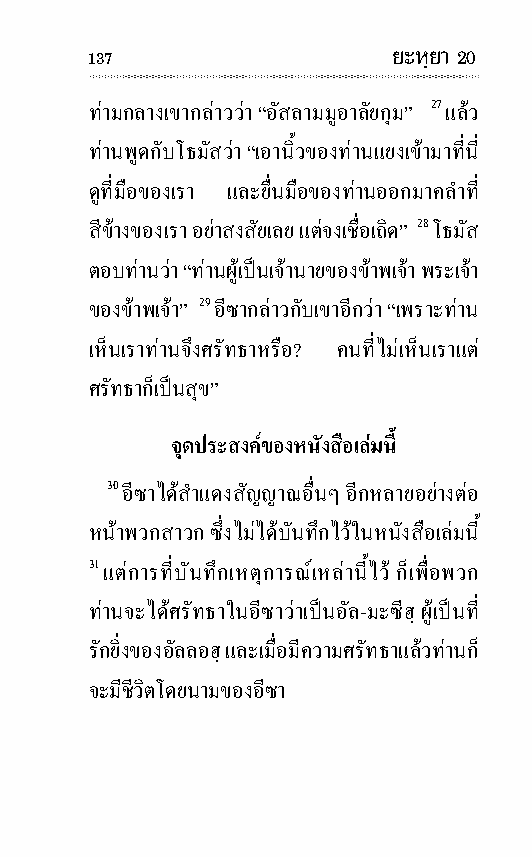
137                 ยะหฺยา 20
 ทาม กลางเขากลาววา “อัสลามมูอาลัยกุม” 27 แลว
 ทานพูดกับโธ มัสวา “เอานิ้วของทานแยงเขามาที่นี่
 ดูที่มือของเรา และยื่นมือของทานออกมาคลําที่
 สีขางของเรา อยาสง สัยเลย แตจงเชื่อเถิด” 28 โธ มัส
 ตอบทานวา “ทานผูเปนเจานายของขาพ เจา พระ เจา
 ของขาพ เจา” 29 อี ซากลาวกับเขาอีกวา “เพราะทาน
 เห็นเราทานจึงศรัท ธาหรือ? คนที่ไมเห็นเราแต
 ศรัท ธาก็เปนสุข”
 จุดประ สงคของหนัง สือเลมนี้
 30 อีซาไดสําแดงสัญญาณอื่นๆ อีกหลายอยางตอ
 หนาพวกสา วก ซึ่งไมไดบัน ทึกไวในหนัง สือเลมนี้
 31 แตการที่บัน ทึกเหตุ การณเหลานี้ไว ก็เพื่อพวก
 ทานจะไดศรัทธาในอีซาวาเปนอัล -มะซีฮฺ ผูเปนที่
 รักยิ่งของอัลลอฮฺ และเมื่อมีความศรัท ธาแลวทานก็
 จะมีชีวิตโดยนามของอีซา